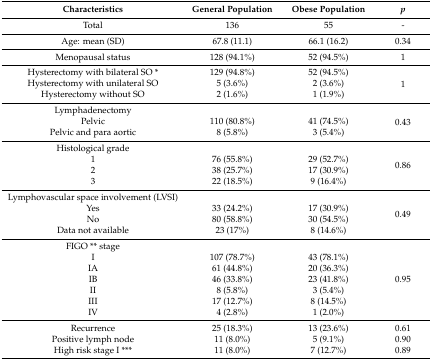
<table><thead><tr><td><b>Characteristics</b></td><td><b>General Population</b></td><td><b>Obese Population</b></td><td><b><i>p</i></b></td></tr></thead><tbody><tr><td>Total</td><td>136</td><td>55</td><td>-</td></tr><tr><td>Age: mean (SD)</td><td>67.8 (11.1)</td><td>66.1 (16.2)</td><td>0.34</td></tr><tr><td>Menopausal status</td><td>128 (94.1%)</td><td>52 (94.5%)</td><td>1</td></tr><tr><td>Hysterectomy with bilateral SO *</td><td>129 (94.8%)</td><td>52 (94.5%)</td><td rowspan="3">1</td></tr><tr><td>Hysterectomy with unilateral SO</td><td>5 (3.6%)</td><td>2 (3.6%)</td></tr><tr><td>Hysterectomy without SO</td><td>2 (1.6%)</td><td>1 (1.9%)</td></tr><tr><td>Lymphadenectomy</td><td></td><td></td><td rowspan="3">0.43</td></tr><tr><td>Pelvic</td><td>110 (80.8%)</td><td>41 (74.5%)</td></tr><tr><td>Pelvic and para aortic</td><td>8 (5.8%)</td><td>3 (5.4%)</td></tr><tr><td>Histological grade</td><td></td><td></td><td rowspan="4">0.86</td></tr><tr><td>1</td><td>76 (55.8%)</td><td>29 (52.7%)</td></tr><tr><td>2</td><td>38 (25.7%)</td><td>17 (30.9%)</td></tr><tr><td>3</td><td>22 (18.5%)</td><td>9 (16.4%)</td></tr><tr><td>Lymphovascular space involvement (LVSI)</td><td></td><td></td><td rowspan="4">0.49</td></tr><tr><td>Yes</td><td>33 (24.2%)</td><td>17 (30.9%)</td></tr><tr><td>No</td><td>80 (58.8%)</td><td>30 (54.5%)</td></tr><tr><td>Data not available</td><td>23 (17%)</td><td>8 (14.6%)</td></tr><tr><td>FIGO ** stage</td><td></td><td></td><td rowspan="7">0.95</td></tr><tr><td>I</td><td>107 (78.7%)</td><td>43 (78.1%)</td></tr><tr><td>IA</td><td>61 (44.8%)</td><td>20 (36.3%)</td></tr><tr><td>IB</td><td>46 (33.8%)</td><td>23 (41.8%)</td></tr><tr><td>II</td><td>8 (5.8%)</td><td>3 (5.4%)</td></tr><tr><td>III</td><td>17 (12.7%)</td><td>8 (14.5%)</td></tr><tr><td>IV</td><td>4 (2.8%)</td><td>1 (2.0%)</td></tr><tr><td>Recurrence</td><td>25 (18.3%)</td><td>13 (23.6%)</td><td>0.61</td></tr><tr><td>Positive lymph node</td><td>11 (8.0%)</td><td>5 (9.1%)</td><td>0.90</td></tr><tr><td>High risk stage I ***</td><td>11 (8.0%)</td><td>7 (12.7%)</td><td>0.89</td></tr></tbody></table>